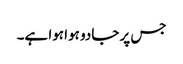
جس پر جادو ہوا ہوا ہے۔